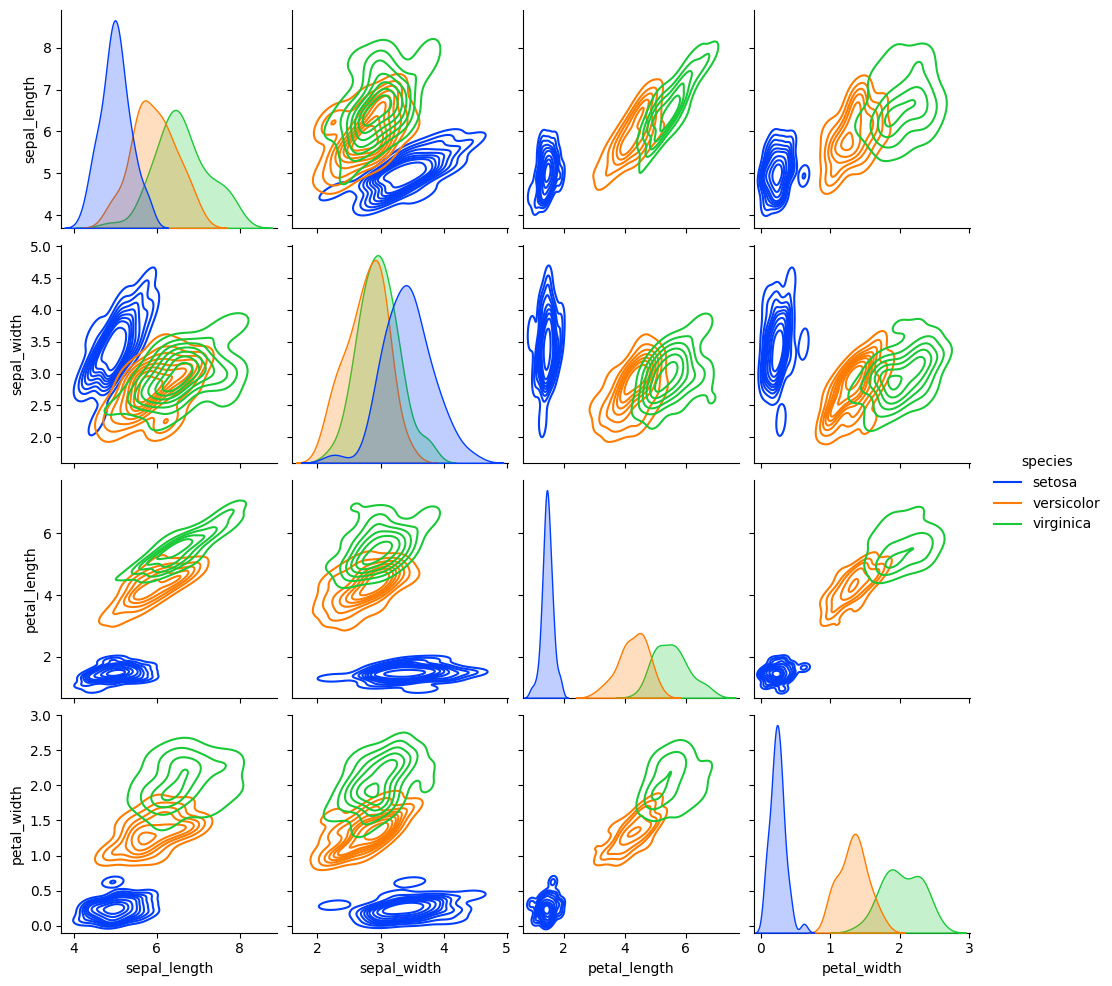
python, seaborn, pairplot, palette='bright', markers=['o', 's', 'D'], kind='kde', diag_kind='kde'